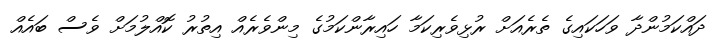
ދައްކަމުންދާ ވަހަކައިގެ ތެރެއަށް ރުޅިވެރިކަމާ ހައިރާންކަމުގެ މިންވެރެއް އިތުރު ކޮއްލުމަށް ވެސް ބައެއް